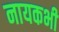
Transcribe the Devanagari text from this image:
नायकभी